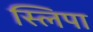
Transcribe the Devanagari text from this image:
स्लिपा